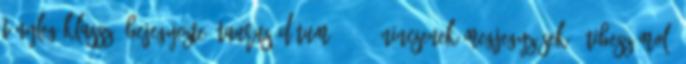
tényleg klassz. Bejegyezte: Taurus dátum: 20:18 Nincsenek megjegyzések: Útibeszámoló